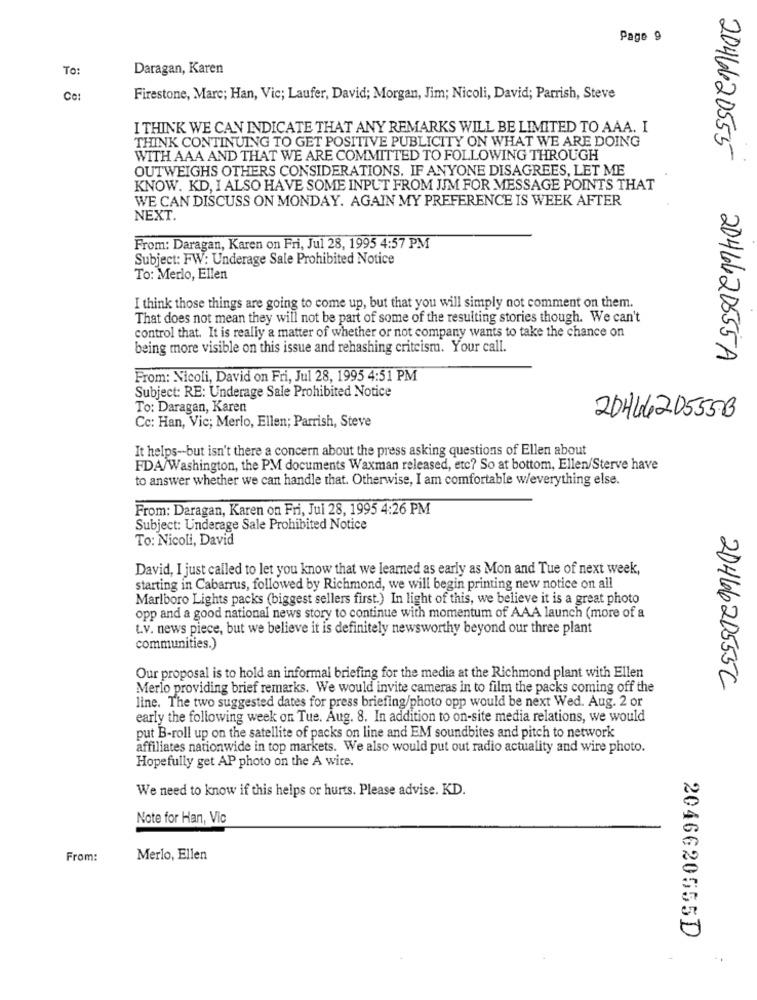
Page 9
To:
Daragan, Karen
Ce:
Firestone, Marc; Han, Vic; Laufer, David; Morgan, Jim; Nicoli, David; Parrish, Steve
I THINK WE CAN INDICATE THAT ANY REMARKS WILL BE LIMITED TO AAA. I
THINK CONTINUING TO GET POSITIVE PUBLICITY ON WHAT WE ARE DOING
WITH AAA AND THAT WE ARE COMMITTED TO FOLLOWING THROUGH
2046620555
OUTWEIGHS OTHERS CONSIDERATIONS. IF ANYONE DISAGREES, LET ME
KNOW. KD, I ALSO HAVE SOME INPUT FROM JJM FOR MESSAGE POINTS THAT
WE CAN DISCUSS ON MONDAY. AGAIN MY PREFERENCE IS WEEK AFTER
NEXT.
From: Daragan, Karen on Fri, Jul 28, 1995 4:57 PM
Subject: FW: Underage Sale Prohibited Notice
To: Merlo, Ellen
I think those things are going to come up, but that you will simply not comment on them.
That does not mean they will not be part of some of the resulting stories though. We can't
control that. It is really a matter of whether or not company wants to take the chance on
being more visible on this issue and rehashing criteismu. Your call.
2044620555A
From: Nicoli, David on Fri, Jul 28, 1995 4:51 PM
Subject: RE: Underage Sale Prohibited Notice
To: Daragan, Karen
2044620555B
Cc: Han, Vic; Merlo, Ellen; Parrish, Steve
It helps-but isn't there a concern about the press asking questions of Ellen about
FDA/Washington, the PM documents Waxman released, etc? So at bottom, Ellen/Sterve have
to answer whether we can handle that. Otherwise, I am comfortable w/everything else.
From: Daragan, Karen on Fri, Jul 28, 1995 4:26 PM
Subject: Underage Sale Prohibited Notice
To: Nicoli, David
David, I just called to let you know that we learned as early as Mon and Tue of next week,
starting in Cabarrus, followed by Richmond, we will begin printing new notice on all
Marlboro Lights packs (biggest sellers first.) In light of this, we believe it is a great photo
opp and a good national news story to continue with momentum of AAA launch (more of a
t.v. news piece, but we believe it is definitely newsworthy beyond our three plant
communities.)
Our proposal is to hold an informal briefing for the media at the Richmond plant with Ellen
Merlo providing brief remarks. We would invite cameras in to film the packs coming off the
2046620555C
line. The two suggested dates for press briefing/photo opp would be next Wed. Aug. 2 or
early the following week on Tue. Aug. 8. In addition to on-site media relations, we would
put B-roll up on the satellite of packs on line and EM soundbites and pitch to network
affiliates nationwide in top markets. We also would put out radio actuality and wire photo.
Hopefully get AP photo on the A wite.
We need to know if this helps or hurts. Please advise. KD.
Note for Han, Vic
From:
Merlo, Ellen
2046620555D